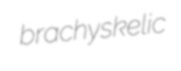
brachyskelic